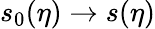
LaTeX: s_{0}(\eta)\to s(\eta)